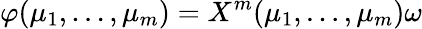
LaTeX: \varphi(\mu_{1},\ldots,\mu_{m})=X^{m}(\mu_{1},\ldots,\mu_{m})\omega